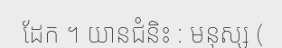
ដែក ។ យានជំនិះ : មនុស្ស (